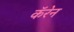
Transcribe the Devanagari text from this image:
कॅरेन